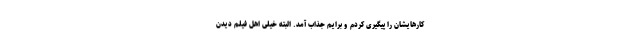
کارهایشان را پیگیری کردم و برایم جذاب آمد. البته خیلی اهل فیلم دیدن